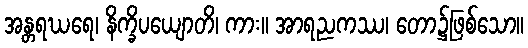
အန္တရဃရေ၊ နိက္ခိပယျောတိ၊ ကား။ အာရညကဿ၊ တော၌ဖြစ်သော။